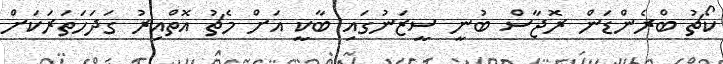
ކޯޗު ބްރެންޑަން ރޮޖާސް ބުނީ ސީޒަނުގައި ބާކީ އަށް މެޗު އޮތްއިރު ގަދަހަތަރަކަށް